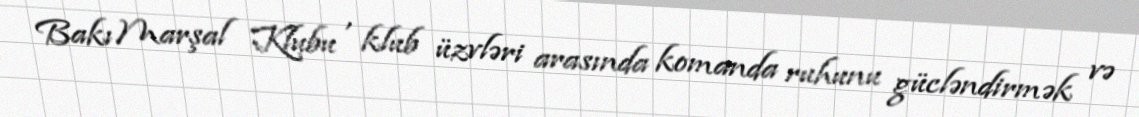
Bakı Marşal Klubu , klub üzvləri arasında komanda ruhunu gücləndirmək və